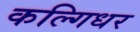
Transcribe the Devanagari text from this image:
कल्गिधर